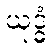
ယုဒ္ဓံ